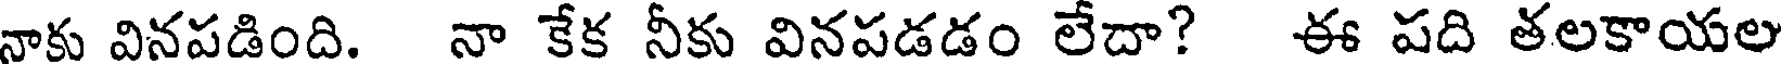
నాకు వినపడింది. నా కేక నీకు వినపడడం లేదా? ఈ పది తలకాయల